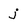
Character: j